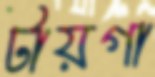
টায়গা